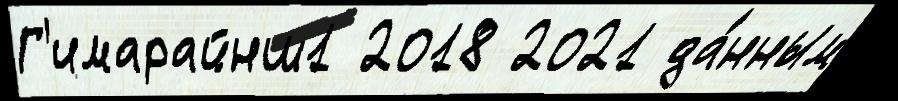
Г'имарайнш1 2018 2021 да́нным